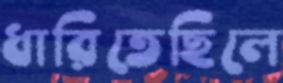
ধারিতেছিলে